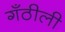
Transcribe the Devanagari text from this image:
गँठीली